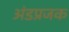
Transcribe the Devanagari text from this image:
अंडप्रजक